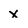
Character: x